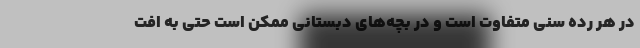
در هر رده سنی متفاوت است و در بچه‌های دبستانی ممکن است حتی به افت